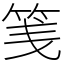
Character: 䇳